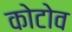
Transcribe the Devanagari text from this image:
कोटोव